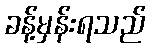
ခန့်မှန်းရသည်